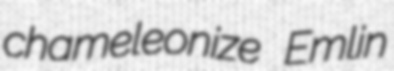
chameleonize Emlin